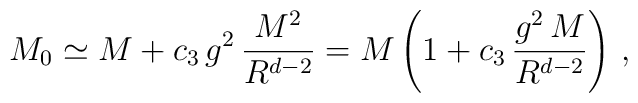
M_0 \simeq M + c_3 \, g^2 \, \frac{M^2}{R^{d-2}} = M \left( 1 + c_3 \,\frac{g^2 \, M}{R^{d-2}} \right) \, ,